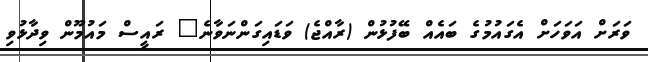
ވަރަށް އަވަހަށް އެގައުމުގެ ބައެއް ބޭފުޅުން (ރާއްޖެ) ވަޑައިގަންނަވާނެ" ރައީސް މައުމޫން ވިދާޅުވި